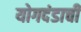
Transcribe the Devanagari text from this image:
योगदंडाची